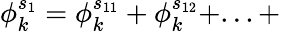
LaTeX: \phi_{k}^{s_{1}}=\phi_{k}^{s_{11}}+\phi_{k}^{s_{12}}+...+